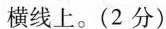
横线上。(2分)